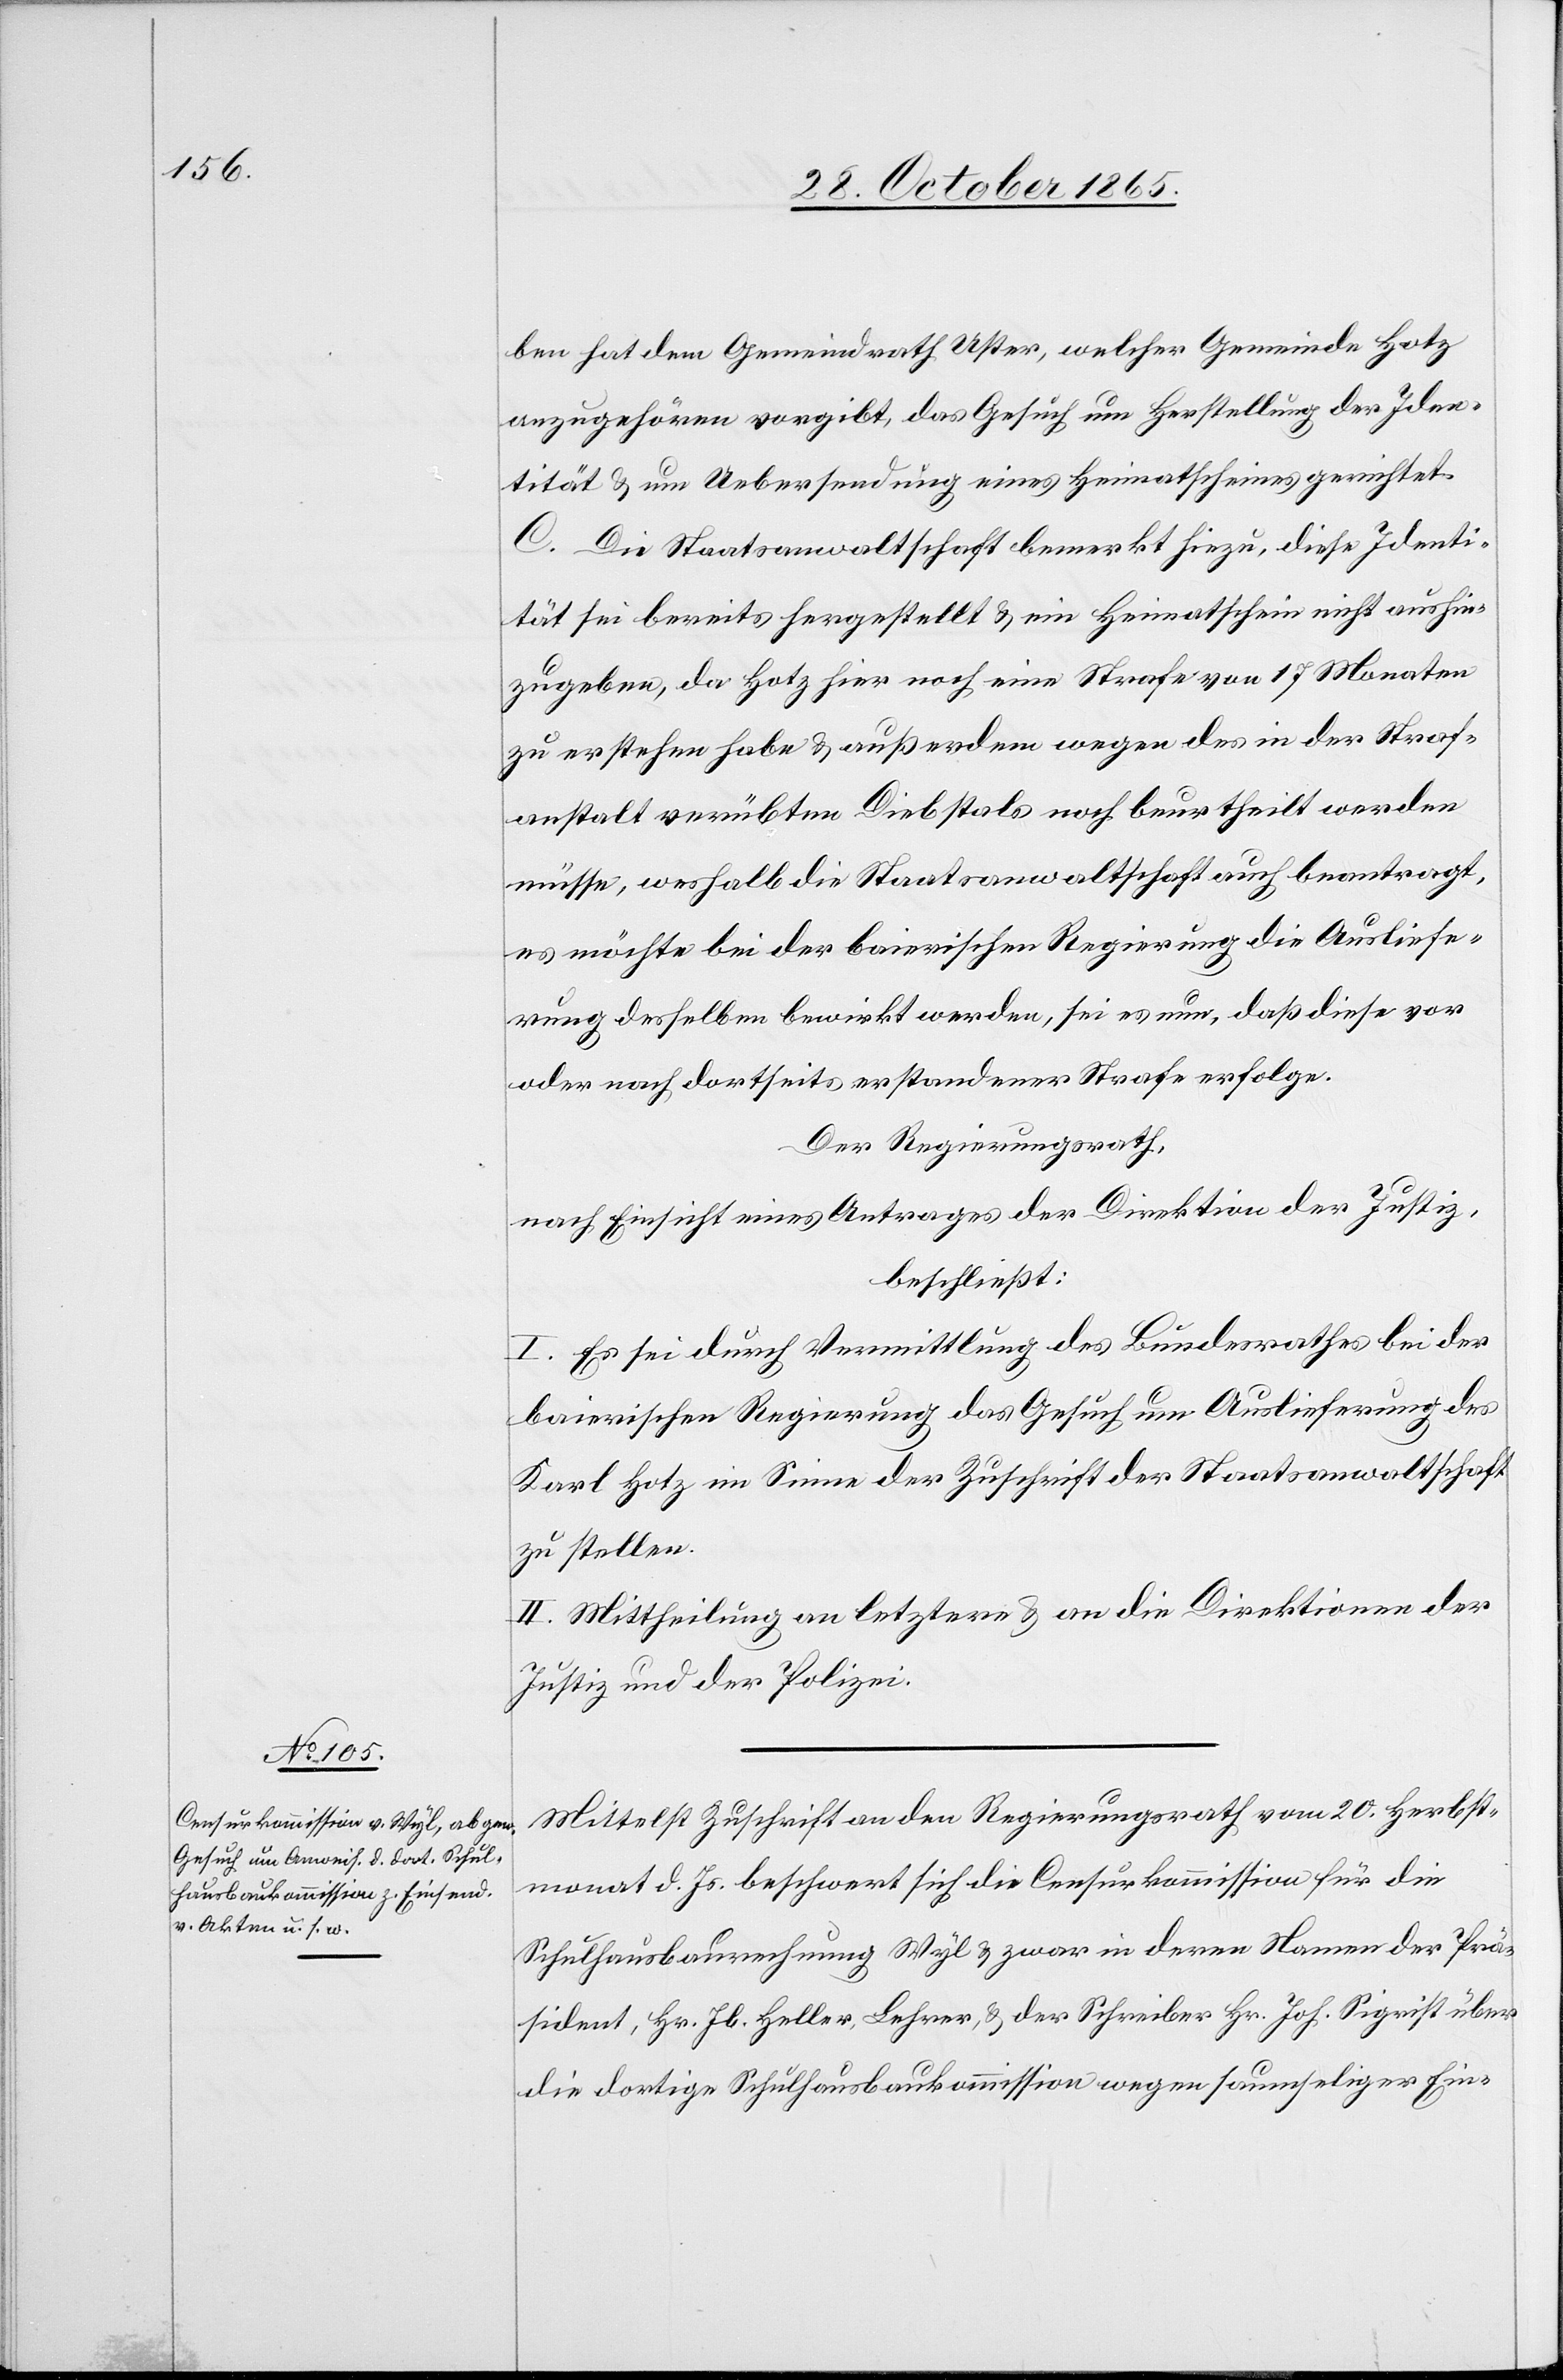
ben hat dem Gemeindrath Uster, welcher Gemeinde Hotz
anzugehören vorgibt, das Gesuch um Herstellung der Iden¬
tität & um Uebersendung eines Heimatscheines gerichtet.
C. Die Staatsanwaltschaft bemerkt hiezu, diese Identi¬
tät sei bereits hergestellt & ein Heimatschein nicht aushin¬
zugeben, da Hotz hier noch eine Strafe von 17 Monaten
zu erstehen habe & außerdem wegen des in der Straf¬
anstalt verübten Diebstals noch beurtheilt werden
müsse, weshalb die Staatsanwaltschaft auch beantragt,
es möchte bei der baierischen Regierung die Ausliefe¬
rung desselben bewirkt werden, sei es nun, daß diese vor
oder nach dortseits erstandener Strafe erfolge.
Der Regierungsrath,
nach Einsicht eines Antrages der Direktion der Justiz,
beschließt:
I. Es sei durch Vermittlung des Bundesrathes bei der
baierischen Regierung das Gesuch um Auslieferung des
Karl Hotz im Sinne der Zuschrift der Staatsanwaltschaft
zu stellen.
II. Mittheilung an letztere & an die Direktionen der
Justiz und der Polizei.
Mittelst Zuschrift an den Regierungsrath vom 20. Herbst¬
monat d. Js. beschwert sich die Censurkommission für die
Schulhausbaurechnung Wyl & zwar in deren Namen der Prä¬
sident, Hr. Jb. Heller, Lehrer, & der Schreiber Hr. Joh. Sigrist über
die dortige Schulhausbaukommission wegen saumseliger Ein-